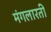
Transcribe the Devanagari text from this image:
मंगलारती